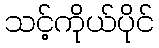
သင့်ကိုယ်ပိုင်